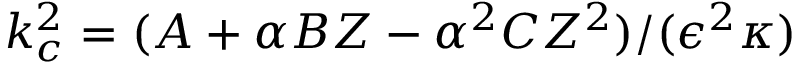
k _ { c } ^ { 2 } = ( A + \alpha B Z - \alpha ^ { 2 } C Z ^ { 2 } ) / ( \epsilon ^ { 2 } \kappa )